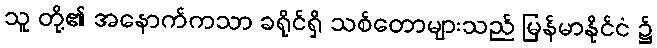
သူ တို့၏ အနောက်ကသာ ခရိုင်ရှိ သစ်တောများသည် မြန်မာနိုင်ငံ ၌